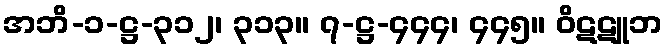
အဘိ-၁-ဋ္ဌ-၃၁၂၊ ၃၁၃။ ၇-ဋ္ဌ-၄၄၄၊ ၄၄၅။ ဝိဋဋူဘ